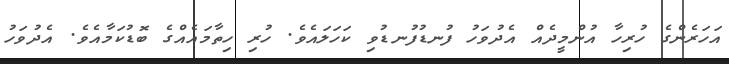
އަހަރެންގެ ހުރިހާ އުންމީދެއް އެދުވަހު ފުނޑުފުނޑުވި ކަހަލައެވެ. ހުރި ހިތާމައެއްގެ ބޮޑުކަމާއެވެ. އެދުވަހު